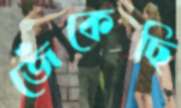
জেঁকেছি